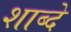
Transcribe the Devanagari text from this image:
शाब्दे